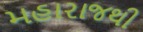
મહારાજથી